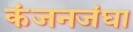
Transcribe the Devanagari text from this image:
कंजनजंघा